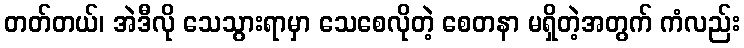
တတ်တယ်၊ အဲဒီလို သေသွားရာမှာ သေစေလိုတဲ့ စေတနာ မရှိတဲ့အတွက် ကံလည်း